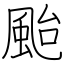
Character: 颱